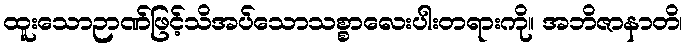
ထူးသောဉာဏ်ဖြင့်သိအပ်သောသစ္စာလေးပါးတရားကို။ အဘိဇာနာတိ၊